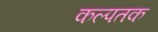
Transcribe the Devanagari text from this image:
कल्पतक